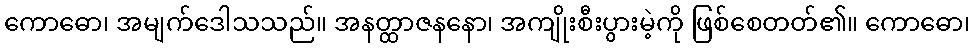
ကောဓော၊ အမျက်ဒေါသသည်။ အနတ္ထာဇနနော၊ အကျိုးစီးပွားမဲ့ကို ဖြစ်စေတတ်၏။ ကောဓော၊